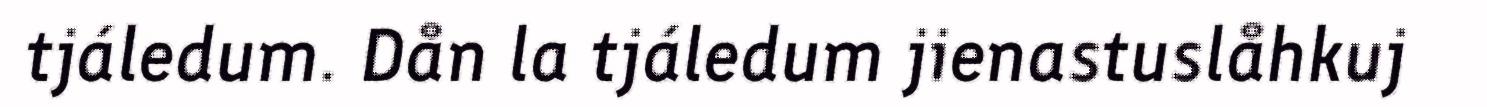
tjáledum. Dån la tjáledum jienastuslåhkuj